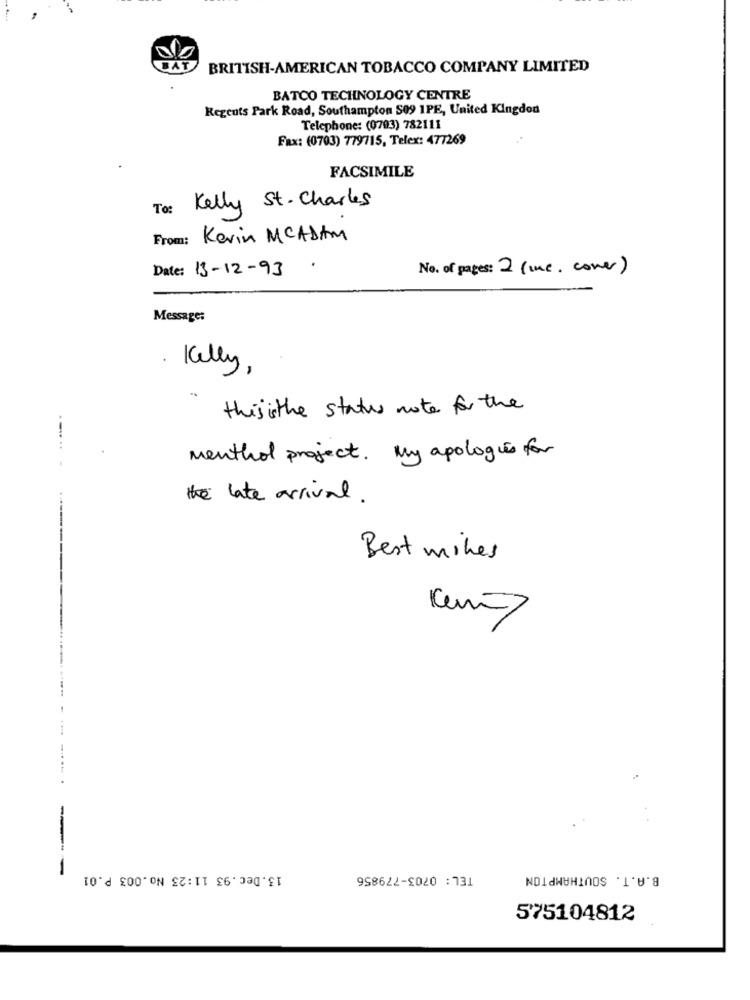
BRITISH-AMERICAN TOBACCO COMPANY LIMITED
BATCO TECHNOLOGY CENTRE
Regents Park Road, Southampton S09 1PE, United Kingdom
Telephone: (0703) 782111
Fax: (0703) 779715, Telex: 477269
FACSIMILE
To:
Kelly St. Charles
From:
Kevin MCADAM
Date: 13-12-93
No. of pages: 2 (me. cover)
Message:
Kelly ,
this isthe status note for the
menthol project. My apologies for
.-.... .
the late arrival .
Best mikes
13.Dec.93 11:23 No.003 P.01
TEL: 0703-779856
B.A.T. SOUTHAMPTON
575104812